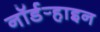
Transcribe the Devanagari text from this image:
नॉर्डर्‍हाइन